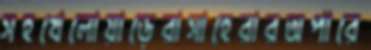
সহখেলোয়াড়েরাসাহেরারঅপারে